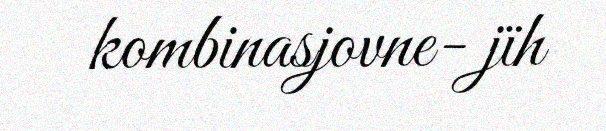
kombinasjovne- jïh